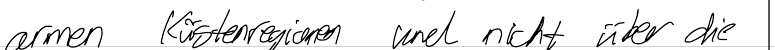
armen Küstenregionen und nicht über die